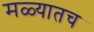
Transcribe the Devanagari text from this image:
मळ्यातच